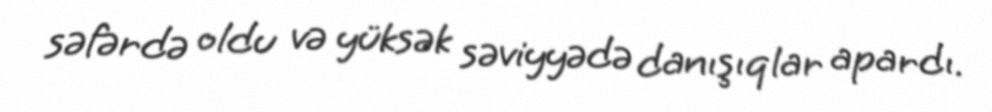
səfərdə oldu və yüksək səviyyədə danışıqlar apardı.